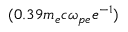
( 0 . 3 9 m _ { e } c \omega _ { p e } e ^ { - 1 } )